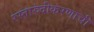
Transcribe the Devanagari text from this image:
रस्तारुंदीकरणाची